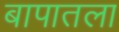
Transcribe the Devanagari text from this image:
बापातला